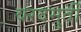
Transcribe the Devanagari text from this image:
वरदमुर्ती